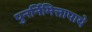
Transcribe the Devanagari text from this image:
पुनर्निमित्तापाये